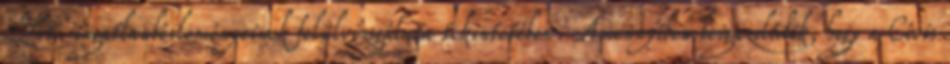
Zrt. ingatlanbérleményeinek felülvizsgálata tekintetében. Amennyiben beigazolódik, hogy a Cívis